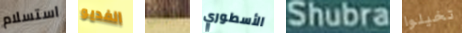
استسلام الفديو جوزي الأسطوري Shubra تخيلوا